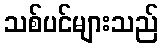
သစ်ပင်များသည်